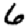
Digit: 6